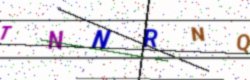
Text: TNNRNQ